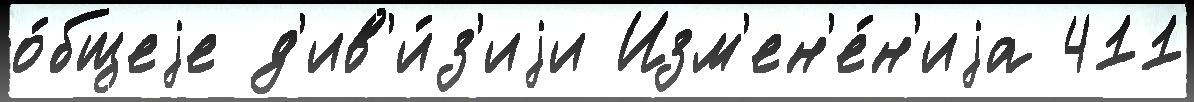
о́бщеjе д'ив'и́з'иjи Изм'ен'е́н'иjа 411